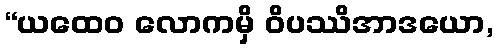
“ယထေဝ လောကမှိ ဝိပဿိအာဒယော,